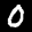
Label: 0